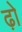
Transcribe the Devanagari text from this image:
ढ़ो